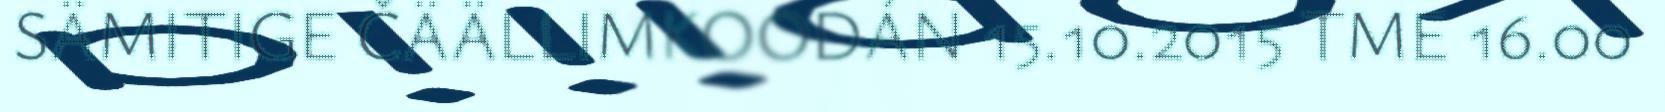
SÄMITIGE ČÄÄLLIMKOODÁN 15.10.2015 TME 16.00